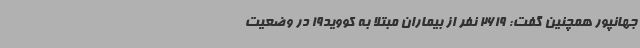
جهانپور همچنین گفت: 2619 نفر از بیماران مبتلا به کووید19 در وضعیت